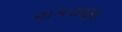
સકરાણા